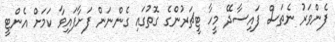
ފެންވަރު ނެތަސް ފައިސާދޭ މީހާ ޓީޗަރުންގެ ގޮތުގައި ގެންނަން ފަށާފައިވާ ކަމަށް އެންޓީ